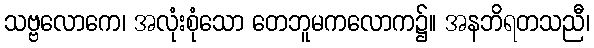
သဗ္ဗလောကေ၊ အလုံးစုံသော တေဘူမကလောက၌။ အနဘိရတသညီ၊